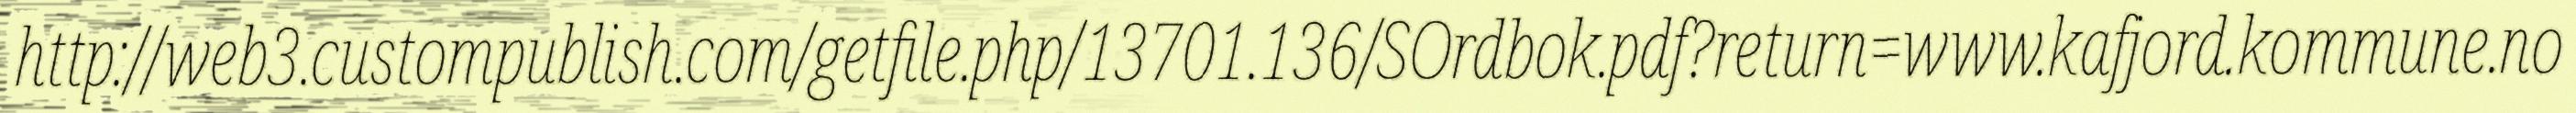
http://web3.custompublish.com/getfile.php/13701.136/SOrdbok.pdf?return=www.kafjord.kommune.no